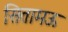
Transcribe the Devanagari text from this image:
सितामऊ